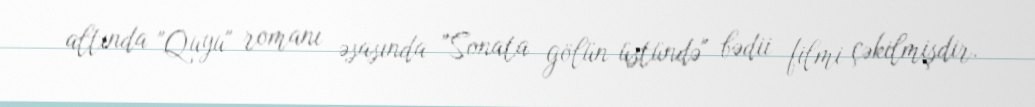
altında "Quyu" romanı əsasında "Sonata gölün üstündə" bədii filmi çəkilmişdir.